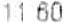
11.60